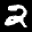
Label: 2